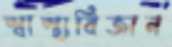
স্বাস্থ্যবিজ্ঞান